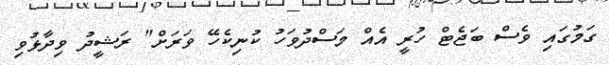
ގަމުގައި ވެސް ބަޖެޓް ހުރީ އެއް މަސްދުވަހު ކުނިކެހޭ ވަރަށް" ރަޝީދު ވިދާޅުވި